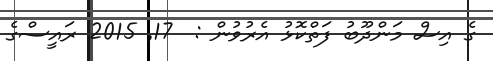
ގެ އިސް މަންދޫބު ފަތްކޮޅު އެރުވުން :  17